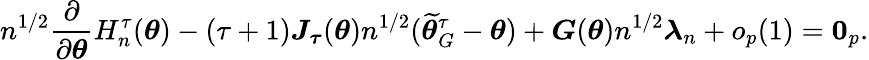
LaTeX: n^{1/2}\frac{\partial}{\partial\boldsymbol{\theta}}H_{n}^{\tau}(\boldsymbol{\theta})-\left(\tau+1\right)\boldsymbol{J}_{\boldsymbol{\tau}}(\boldsymbol{\theta})n^{1/2}(\widetilde{\boldsymbol{\theta}}_{G}^{\tau}-\boldsymbol{\theta})+\boldsymbol{G}(\boldsymbol{\theta})n^{1/2}\boldsymbol{\lambda}_{n}+o_{p}(1)=\boldsymbol{0}_{p}.